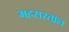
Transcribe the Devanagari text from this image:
महसरताल